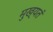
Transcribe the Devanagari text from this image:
मुख्यतं